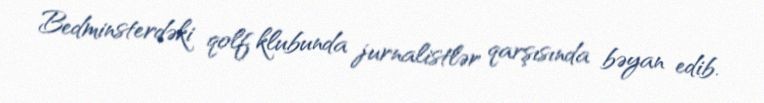
Bedminsterdəki qolf klubunda jurnalistlər qarşısında bəyan edib.